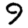
Digit: 9